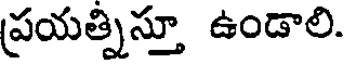
ప్రయత్నిస్తూ ఉండాలి.